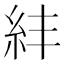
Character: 𥾫